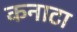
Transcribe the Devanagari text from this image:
कनाटा